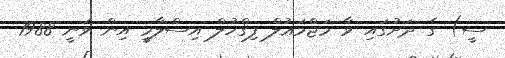
ސީ) ގެ ދަށުގައި ވާ މަޖްމަޢުލް ފިޤްހުލް އިސްލާމީ އިން ވަނީ 1988